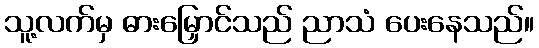
သူ့လက်မှ ဓားမြှောင်သည် ညာသံ ပေးနေသည်။